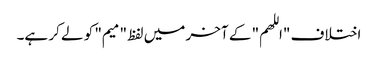
اختلاف "اللهم" کے آخر میں لفظ "میم" کو لے کر ہے۔